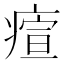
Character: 𤸧